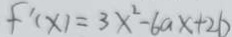
f ^ { \prime } ( x ) = 3 x ^ { 2 } - 6 a x + 2 b